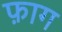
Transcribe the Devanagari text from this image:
फ़ाग